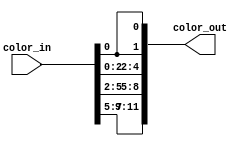
module palette 
   (
    input wire [7:0] color_in,
    output wire [11:0] color_out
   );

   // body
   // 3-bit red to 4-bit red, 3-bit green to 4-bit green 
   // 2-bit blue to 4-bit blue
   assign color_out = 
      {color_in[7:5], color_in[5],     
       color_in[4:2], color_in[2],     
       color_in[1:0], color_in[0], color_in[0]}; 
endmodule